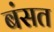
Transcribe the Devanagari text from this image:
बंसत